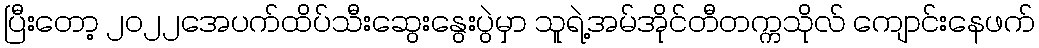
ပြီးတော့ ၂၀၂၂အေပက်ထိပ်သီးဆွေးနွေးပွဲမှာ သူရဲ့အမ်အိုင်တီတက္ကသိုလ် ကျောင်းနေဖက်